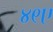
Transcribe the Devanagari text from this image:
४९ए